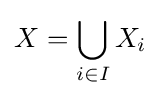
X=\bigcup _{i\in I}X_{i}